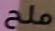
ملح